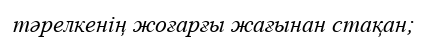
тәрелкенің жоғарғы жағынан стақан;